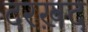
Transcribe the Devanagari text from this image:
दरख़द